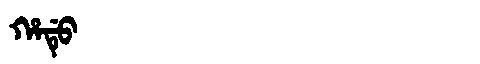
Manchu: ᡥᠠᡩᡠ
Romanization: HADU